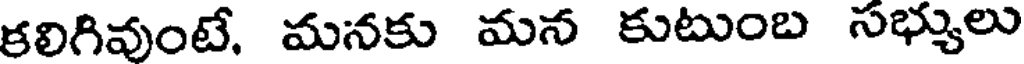
కలిగివుంటే, మనకు మన కుటుంబ సభ్యులు